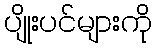
ပျိုးပင်များကို